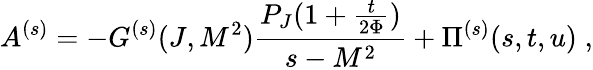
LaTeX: A^{(s)}=-G^{(s)}(J,M^{2})\frac{P_{J}(1+\frac{t}{2\Phi})}{s-M^{2}}+\Pi^{(s)}(s,t,u)\; ,